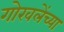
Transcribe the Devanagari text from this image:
गोखलेंच्या